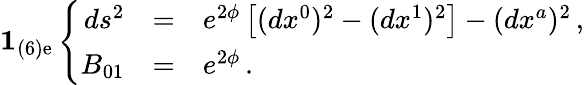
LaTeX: {\mathbf 1_{(6)\mathrm{e}}}\left\{ \begin{array}{rcl}{{ds^{2}}}&{{=}}&{{e^{2{\phi}}\left[(dx^{0})^{2}-(dx^{1})^{2}\right]-(dx^{a})^{2}\, ,}}\\ {{{B}_{01}}}&{{=}}&{{e^{2{\phi}}\, .}}\end{array}\right.